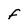
Character: F